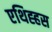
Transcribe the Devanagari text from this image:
एथिह्हस